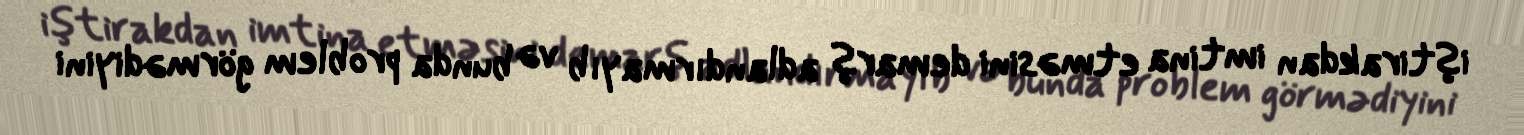
iştirakdan imtina etməsini demarş adlandırmayıb və bunda problem görmədiyini